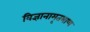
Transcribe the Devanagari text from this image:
विज्ञानामृतभाष्य